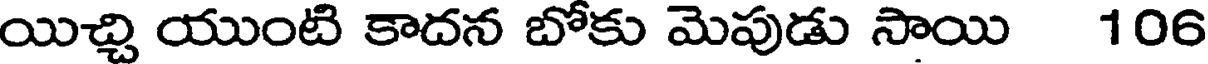
యిచ్చి యుంటి కాదన బోకు మెపుడు సాయి 106